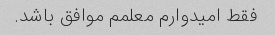
فقط امیدوارم معلمم موافق باشد.